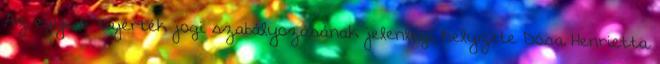
Az egyedi tájérték jogi szabályozásának jelenlegi helyzete Dósa Henrietta